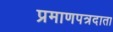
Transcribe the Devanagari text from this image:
प्रमाणपत्रदाता